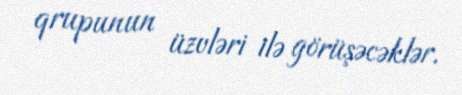
qrupunun üzvləri ilə görüşəcəklər.